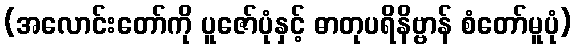
(အလောင်းတော်ကို ပူဇော်ပုံနှင့် ဓာတုပရိနိဗ္ဗာန် စံတော်မူပုံ)